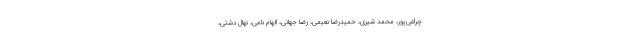
چراغی‌پور، محمد شیری، حمیدرضا نعیمی، رضا جهانی، الهام نامی، نهال دشتی،